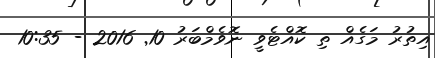
އިތުރު މަގެއް ތި ކޮއްޓެވީ ނޮވެމްބަރު 10